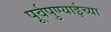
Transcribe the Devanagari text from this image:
पूर्वपुण्याईच्या